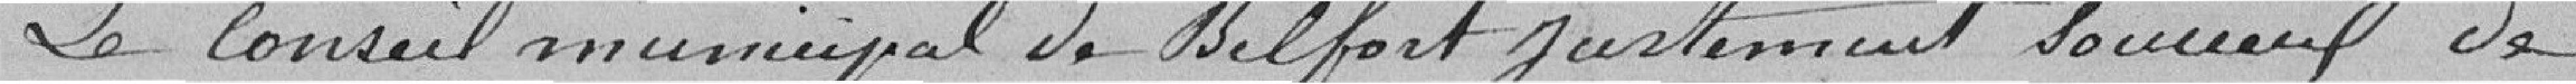
Le Conseil Municipal de Belfort justement soucieux de